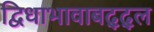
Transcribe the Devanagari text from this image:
द्विधाभावाबद्द्ल